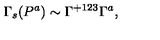
\Gamma _ { s } ( P ^ { a } ) \sim \Gamma ^ { + 1 2 3 } \Gamma ^ { a } ,